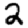
Digit: 2